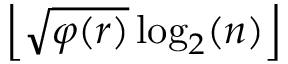
\left\lfloor { \sqrt { \varphi ( r ) } } \log _ { 2 } ( n ) \right\rfloor